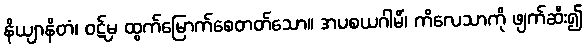
နိယျာနိတံ၊ ဝဋ်မှ ထွက်မြောက်စေတတ်သော။ အပစယဂါမိံ၊ ကိလေသာကို ဖျက်ဆီး၍